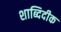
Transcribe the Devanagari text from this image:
शाब्दिदीक